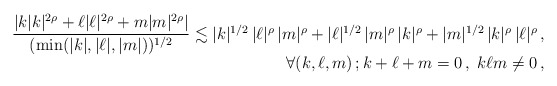
\begin{align*}\begin{array}[t]{r}\dfrac{|k|k|^{2\rho}+\ell|\ell|^{2\rho}+m|m|^{2\rho}|}{(\min (|k|,|\ell|,|m|))^{1/2}}\lesssim |k|^{1/2}\,|\ell|^{\rho}\,|m|^\rho+|\ell|^{1/2}\,|m|^{\rho}\,|k|^\rho+|m|^{1/2}\,|k|^{\rho}\,|\ell|^\rho\,,\\ [5pt]\forall (k,\ell,m)\,;k+\ell+m=0\,,\;k\ell m\neq 0\,,\end{array}\end{align*}